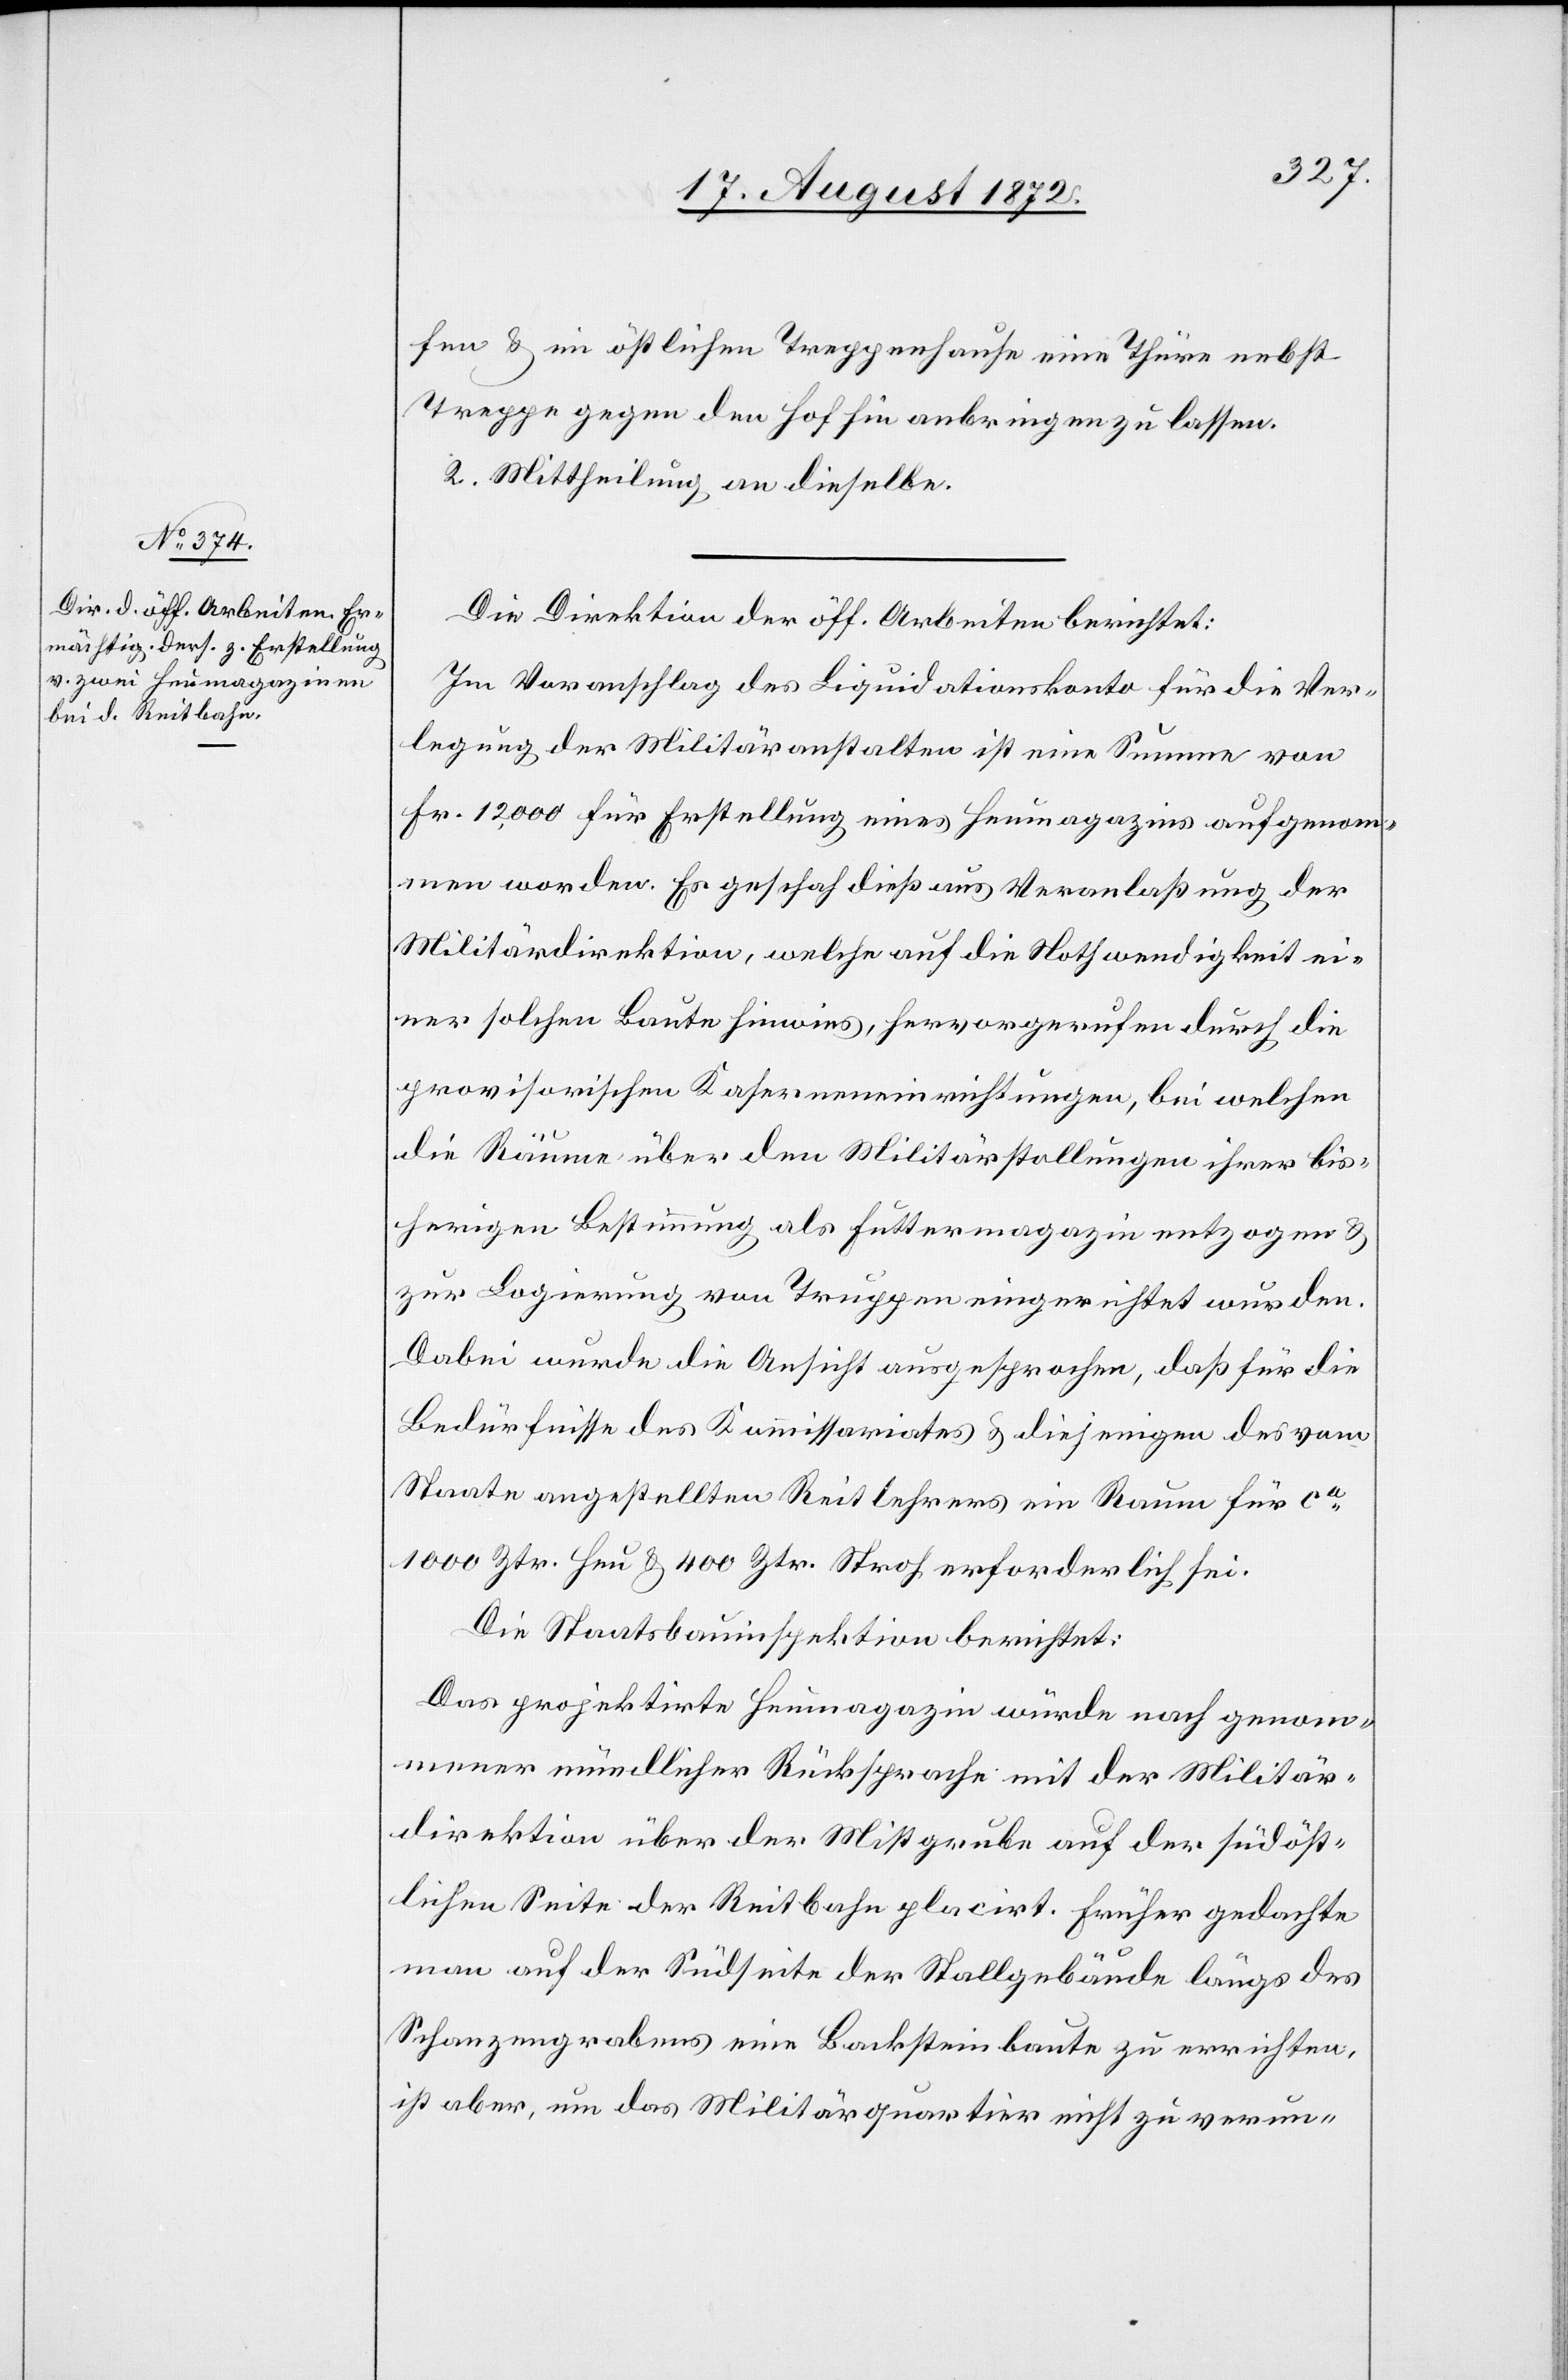
fen u. im östlichen Treppenhause eine Thüre nebst
Treppe gegen den Hof hin anbringen zu lassen.
2. Mittheilung an dieselbe.
Die Direktion der öff. Arbeiten berichtet:
Im Voranschlag des Liquidationskonto für die Ver¬
legung der Militäranstalten ist eine Summe von
Fr. 12,000 für Erstellung eines Heumagazins aufgenom¬
men worden. Es geschah dieß aus Veranlaßung der
Militärdirektion, welche auf die Nothwendigkeit ei¬
ner solchen Baute hinwies, hervorgerufen durch die
provisorischen Kaserneneinrichtungen, bei welchen
die Räume über den Militärstallungen ihrer bis¬
herigen Bestimmung als Futtermagazin entzogen u.
zur Logierung von Truppen eingerichtet wurden.
Dabei wurde die Ansicht ausgesprochen, daß für die
Bedürfnisse des Kommissariates u. diejenigen des vom
Staate angestellten Reitlehrers ein Raum für ca
1000 Ztr. Heu u. 400 Ztr. Stroh erforderlich sei.
Die Staatsbauinspektion berichtet:
Das projektirte Heumagazin würde nach genom¬
mener mündlicher Rücksprache mit der Militär¬
direktion über der Mistgrube auf der südöst¬
lichen Seite der Reitbahn placirt. Früher gedachte
man auf der Südseite der Stallgebäude längs des
Schanzengrabens eine Backsteinbaute zu errichten,
ist aber, um das Militärquartier nicht zu verun-